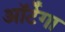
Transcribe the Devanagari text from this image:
ऑर्टेगा